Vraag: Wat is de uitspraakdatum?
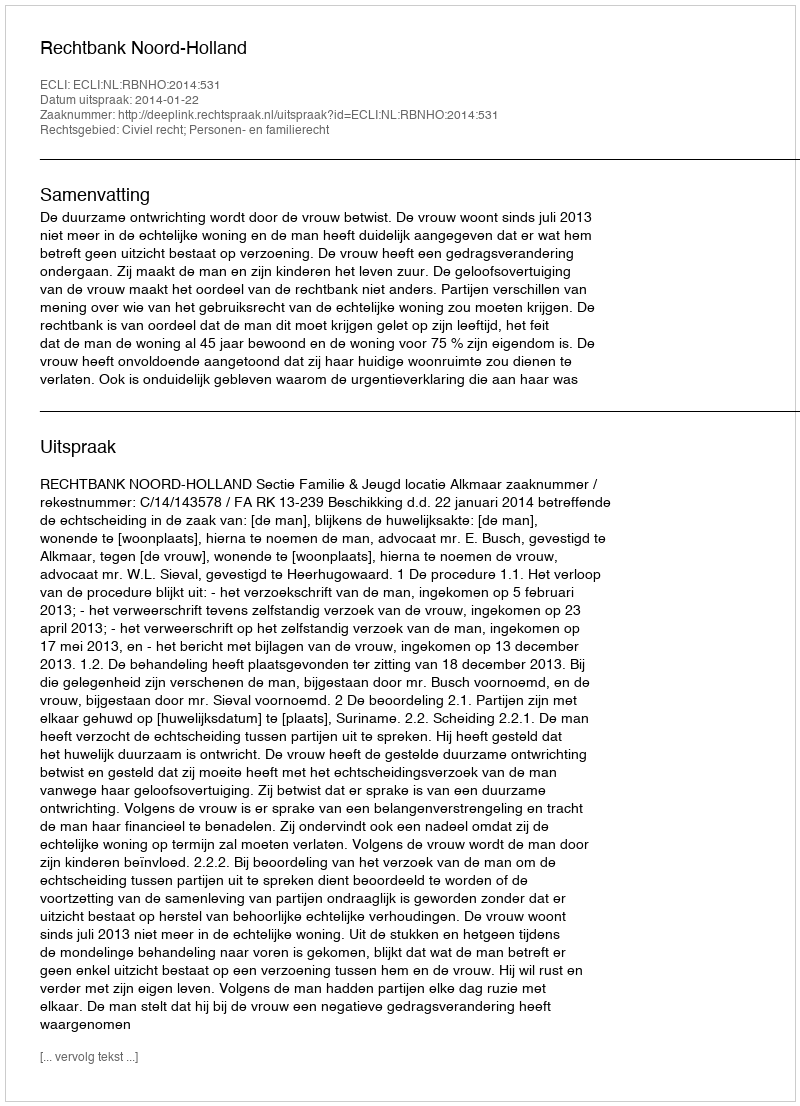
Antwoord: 2014-01-22